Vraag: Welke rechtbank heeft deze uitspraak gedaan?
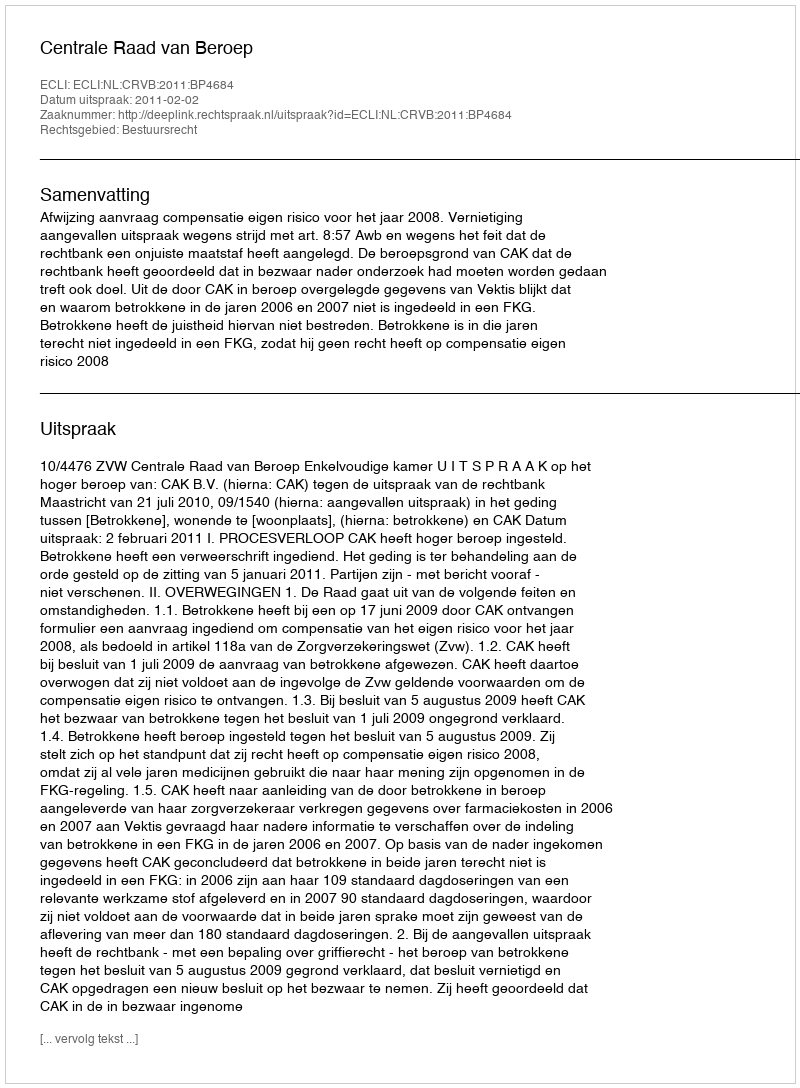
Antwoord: Centrale Raad van Beroep